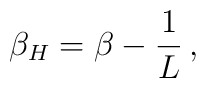
\beta_H = \beta - {1 \over  L} \,,